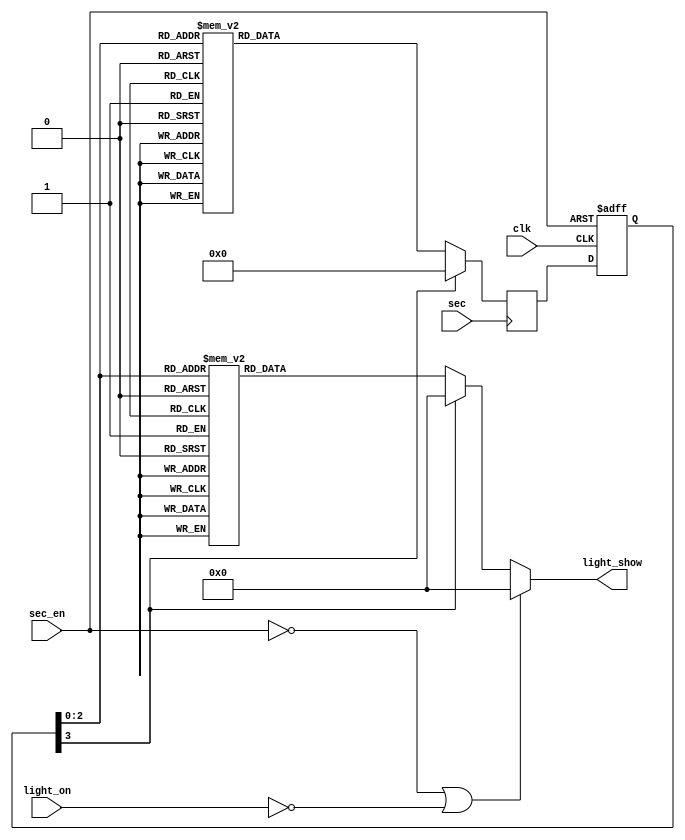
`timescale 1ns / 1ps
//////////////////////////////////////////////////////////////////////////////////
// Company: 
// Engineer: 
// 
// Design Name: 
// Module Name: lights
// Project Name: 
// Target Devices: 
// Tool Versions: 
// Description: 
// 
// Dependencies: 
// 
// Revision:
// Revision 0.01 - File Created
// Additional Comments:
// 
//////////////////////////////////////////////////////////////////////////////////


module lights(
 input sec,
 input light_on,
 input clk,
 input sec_en,
 output reg[7:0] light_show
    );
    reg [3:0]cstate;
    reg [3:0]nstate;
    
    always @(posedge clk or negedge sec_en)
      if(!sec_en)
       cstate<=4'd0;
      else
       cstate<=nstate;
    
   always @(posedge sec)
      case(cstate)
       4'd0:nstate=4'd1;
       4'd1:nstate=4'd2;
       4'd2:nstate=4'd3;
       4'd3:nstate=4'd4;
       4'd4:nstate=4'd5;
       4'd5:nstate=4'd6;
       4'd6:nstate=4'd7;
       4'd7:nstate=4'd0;
       default:nstate=4'd0;
       endcase
   
    always @*        
      if(!sec_en||!light_on)
       light_show<=8'd0;
      else
        case(cstate)
          4'd0:light_show<=8'b11100000;
          4'd1:light_show<=8'b01110000;
          4'd2:light_show<=8'b00111000;
          4'd3:light_show<=8'b00011100;
          4'd4:light_show<=8'b00001110;
          4'd5:light_show<=8'b00000111;
          4'd6:light_show<=8'b10000011;
          4'd7:light_show<=8'b11000001;
          default:light_show<=8'b00000000;
          endcase      
       
endmodule